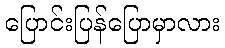
ပြောင်းပြန်ပြောမှာလား